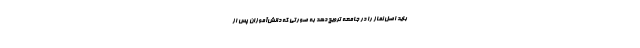
باید اصل نماز را در جامعه ترویج دهد به صورتی که دانش‌آموزان پس از